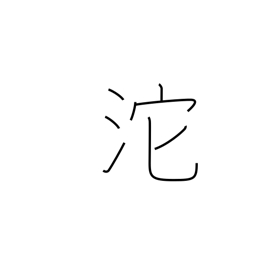
Meaning: flowing of tears